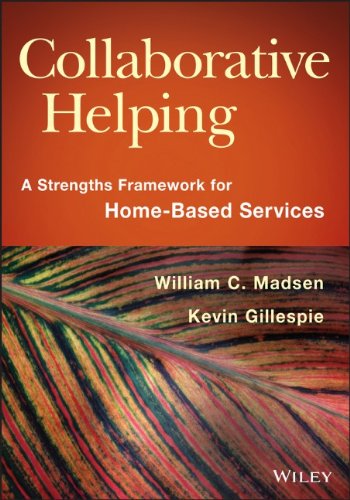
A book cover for Collaborative Helping: A Strengths Framework for Home-Based Services; William C. Madsen; Medical Books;